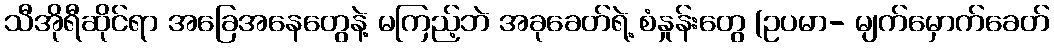
သီအိုရီဆိုင်ရာ အခြေအနေတွေနဲ့ မကြည့်ဘဲ အခုခေတ်ရဲ့ စံနှုန်းတွေ (ဥပမာ- မျက်မှောက်ခေတ်